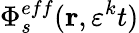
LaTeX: \Phi_{s}^{eff}(\mathbf{r},\varepsilon^{k}t)